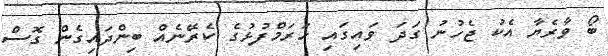
ބޯ ވާރެޔާ އެކު ޖެހުނު ގަދަ ވައިގައި ހަރަމްފުޅުގެ ކެރޭނެއް ބިންދައިގެން ގޮސް